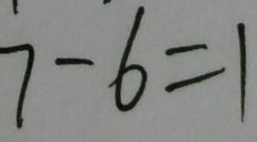
7 - 6 = 1